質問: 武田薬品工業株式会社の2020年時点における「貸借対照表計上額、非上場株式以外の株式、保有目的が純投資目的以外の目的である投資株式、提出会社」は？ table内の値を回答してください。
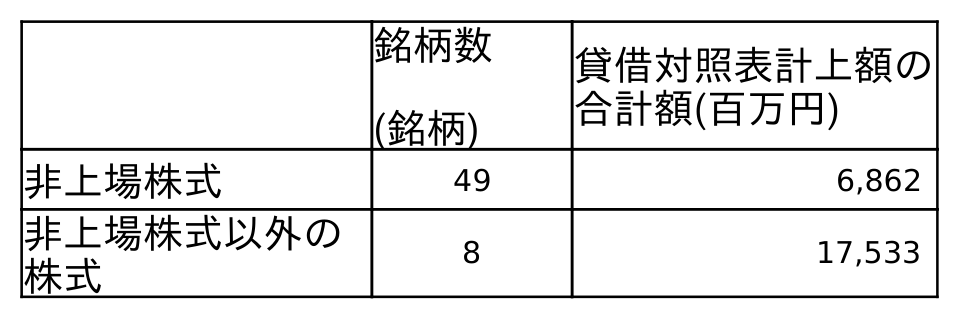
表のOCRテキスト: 銘柄数 (銘柄) 貸借対照表計上額の 合計額(百万円) 非上場株式 49 6,862 非上場株式以外の 株式 8 17,533
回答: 17,533